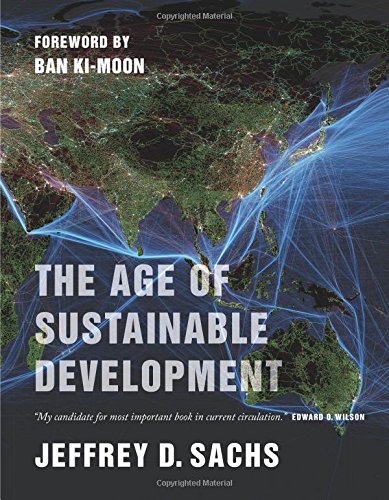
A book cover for The Age of Sustainable Development; Jeffrey D. Sachs; Medical Books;